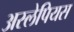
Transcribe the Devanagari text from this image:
अस्लेपियस